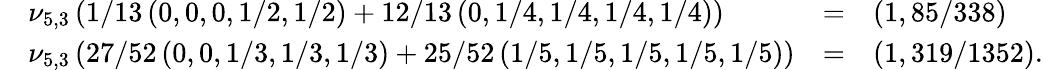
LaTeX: \begin{array}{r}{\begin{array}{llll}&{\nu_{5,3}\left(1/13\left(0,0,0,1/2,1/2\right)+12/13\left(0,1/4,1/4,1/4,1/4\right)\right)}&{=}&{\left(1,85/338\right)}\\ &{\nu_{5,3}\left(27/52\left(0,0,1/3,1/3,1/3\right)+25/52\left(1/5,1/5,1/5,1/5,1/5\right)\right)}&{=}&{\left(1,319/1352\right).}\end{array}}\end{array}